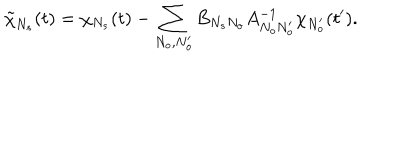
LaTeX: \tilde { \chi } _ { N _ { s } } ( t ) = \chi _ { N _ { s } } ( t ) - \sum _ { N _ { o } , N _ { o } ^ { \prime } } B _ { N _ { s } N _ { o } } A _ { N _ { o } N _ { o } ^ { \prime } } ^ { - 1 } \chi _ { N _ { o } ^ { \prime } } ( t ^ { \prime } ) .